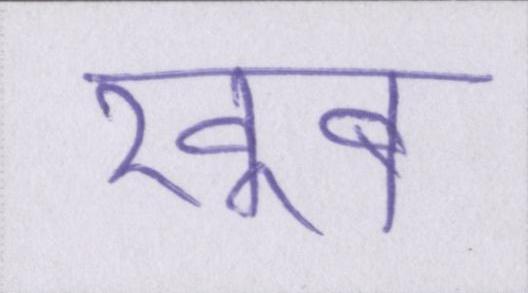
खूब